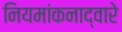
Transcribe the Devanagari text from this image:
नियमांकनाद्वारे